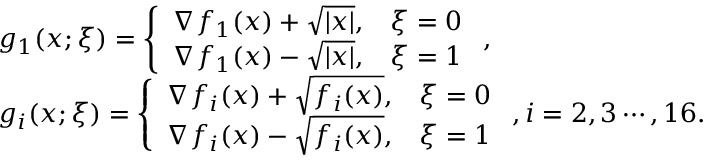
\begin{array} { r l } & { g _ { 1 } ( x ; \xi ) = \left\{ \begin{array} { l l } { \nabla f _ { 1 } ( x ) + \sqrt { | x | } , } & { \xi = 0 } \\ { \nabla f _ { 1 } ( x ) - \sqrt { | x | } , } & { \xi = 1 } \end{array} \right. , } \\ & { g _ { i } ( x ; \xi ) = \left\{ \begin{array} { l l } { \nabla f _ { i } ( x ) + \sqrt { f _ { i } ( x ) } , } & { \xi = 0 } \\ { \nabla f _ { i } ( x ) - \sqrt { f _ { i } ( x ) } , } & { \xi = 1 } \end{array} \right. , i = 2 , 3 \cdots , 1 6 . } \end{array}